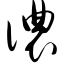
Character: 侬